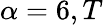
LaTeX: \alpha=6,T